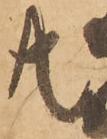
共